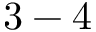
3 - 4